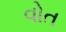
વોત